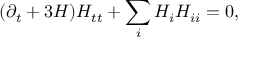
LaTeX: ( \partial _ { t } + 3 H ) H _ { t t } + \sum _ { i } H _ { i } H _ { i i } = 0 ,